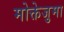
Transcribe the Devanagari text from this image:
मोक्तेजुमा